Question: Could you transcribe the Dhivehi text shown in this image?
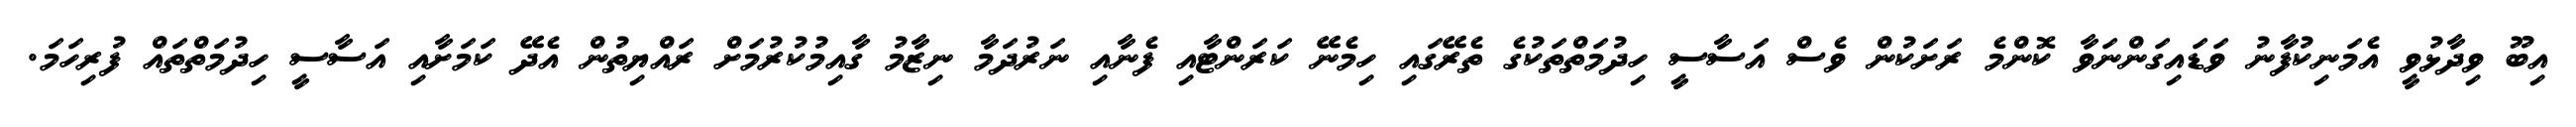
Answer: އިބޫ ވިދާޅުވީ އެމަނިކުފާނު ވަޑައިގަންނަވާ ކޮންމެ ރަށަކުން ވެސް އަސާސީ ހިދުމަތްތަކުގެ ތެރޭގައި ހިމެނޭ ކަރަންޓާއި ފެނާއި ނަރުދަމާ ނިޒާމު ގާއިމުކުރުމަށް ރައްޔިތުން އެދޭ ކަމަށާއި އަސާސީ ހިދުމަތްތައް ފުރިހަމަ.